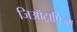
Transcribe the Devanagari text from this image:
जिऑट्रापिज्म